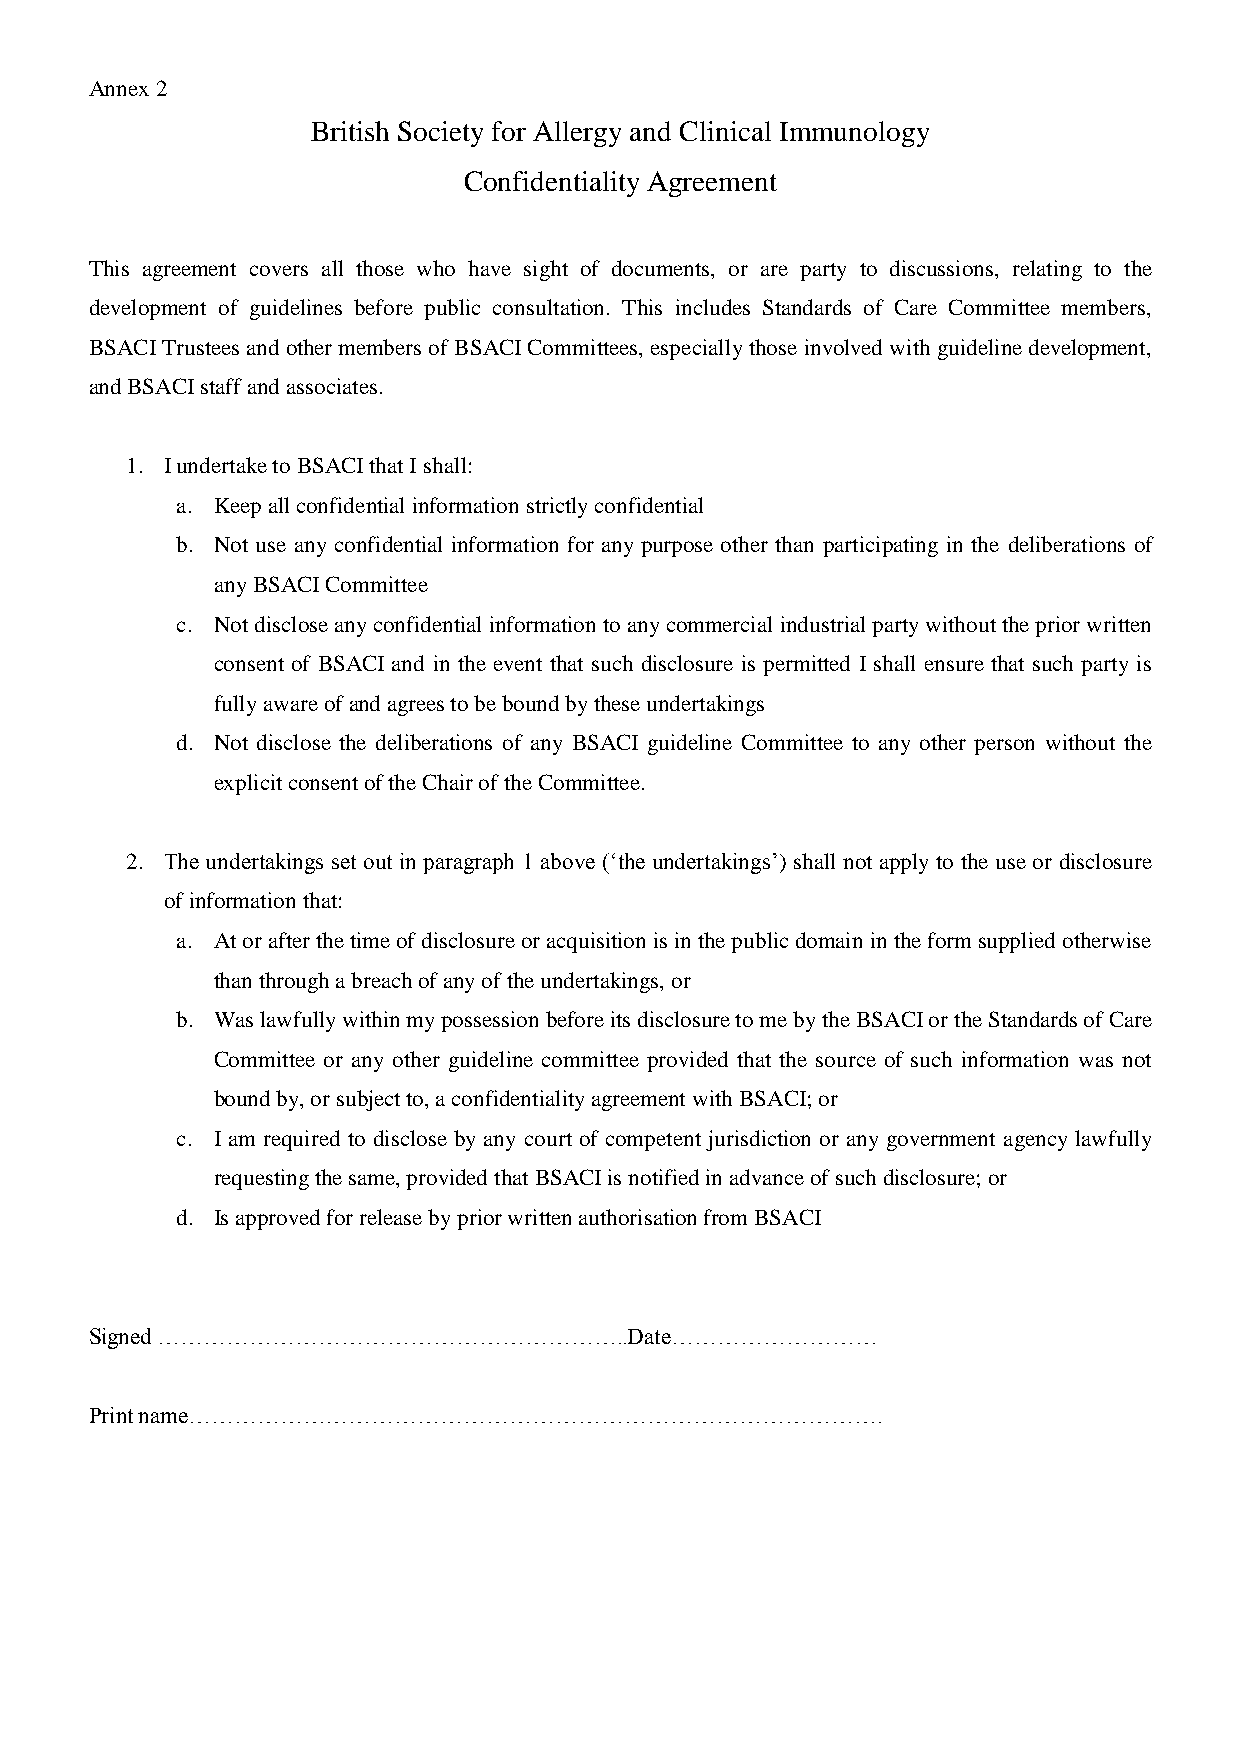
Annex 2
 British Society for Allergy and Clinical Immunology
 Confidentiality Agreement
 This agreement covers all those who have sight of documents, or are party to discussions, relating to the
 development of guidelines before public consultation. This includes Standards of Care Committee members,
 BSACI Trustees and other members of BSACI Committees, especially those involved with guideline development,
 and BSACI staff and associates.
 1. I undertake to BSACI that I shall:
 a. Keep all confidential information strictly confidential
 b. Not use any confidential information for any purpose other than participating in the deliberations of
 any BSACI Committee
 c. Not disclose any confidential information to any commercial industrial party without the prior written
 consent of BSACI and in the event that such disclosure is permitted I shall ensure that such party is
 fully aware of and agrees to be bound by these undertakings
 d. Not disclose the deliberations of any BSACI guideline Committee to any other person without the
 explicit consent of the Chair of the Committee.
 2. The undertakings set out in paragraph 1 above (‘the undertakings’) shall not apply to the use or disclosure
 of information that:
 a. At or after the time of disclosure or acquisition is in the public domain in the form supplied otherwise
 than through a breach of any of the undertakings, or
 b. Was lawfully within my possession before its disclosure to me by the BSACI or the Standards of Care
 Committee or any other guideline committee provided that the source of such information was not
 bound by, or subject to, a confidentiality agreement with BSACI; or
 c. I am required to disclose by any court of competent jurisdiction or any government agency lawfully
 requesting the same, provided that BSACI is notified in advance of such disclosure; or
 d. Is approved for release by prior written authorisation from BSACI
 Signed ……………………………………………………..Date………………………
 Print name……………………………………………………………………………….